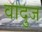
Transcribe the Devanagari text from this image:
वादुज